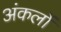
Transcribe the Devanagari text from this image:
अंकलों